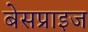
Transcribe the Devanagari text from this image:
बेसप्राइज